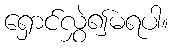
ရှောင်လွှဲ၍မရပါ။